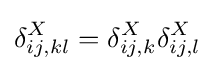
\delta _{ij,kl}^{X}=\delta _{ij,k}^{X}\delta _{ij,l}^{X}